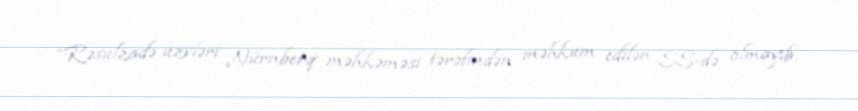
“Rəsulzadə üzvləri Nürnberq məhkəməsi tərəfindən məhkum edilən SS-də olmayıb,